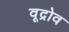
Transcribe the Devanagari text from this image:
वूद्रोव